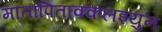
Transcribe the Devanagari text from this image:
मातापिताक्कलइयुन